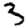
Digit: 3